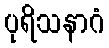
ပုရိသနာဂံ